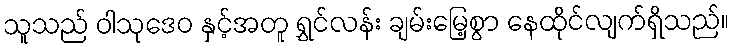
သူသည် ဝါသုဒေဝ နှင့်အတူ ရွှင်လန်း ချမ်းမြေ့စွာ နေထိုင်လျက်ရှိသည်။